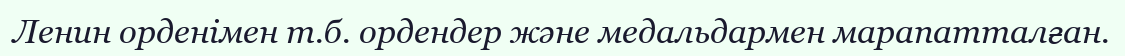
Ленин орденімен т.б. ордендер және медальдармен марапатталған.